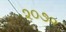
૨૦૭૨